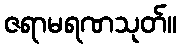
ဇရာမရဏသုတ်။